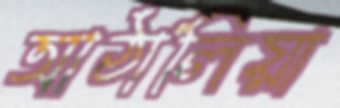
আঠালিয়া